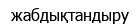
жабдықтандыру